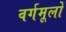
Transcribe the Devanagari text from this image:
वर्गमूलों